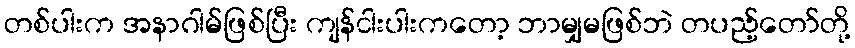
တစ်ပါးက အနာဂါမ်ဖြစ်ပြီး ကျန်ငါးပါးကတော့ ဘာမျှမဖြစ်ဘဲ တပည့်တော်တို့